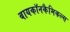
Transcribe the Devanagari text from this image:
बायकॉनकैमिकल्स